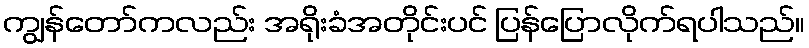
ကျွန်တော်ကလည်း အရိုးခံအတိုင်းပင် ပြန်ပြောလိုက်ရပါသည်။